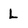
Character: L